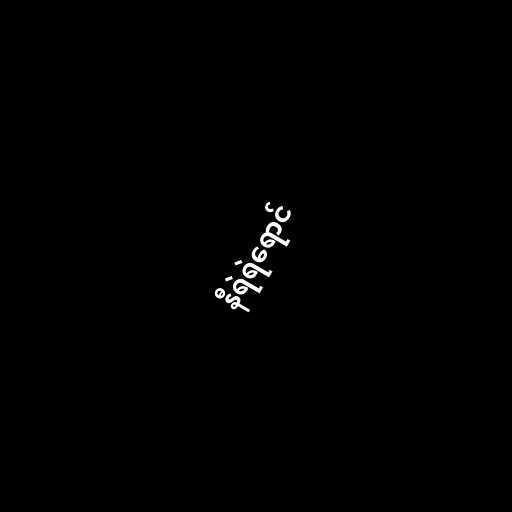
နီရဲရဲရောင်